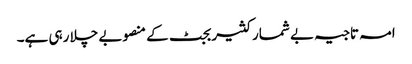
امہ تاجیہ بے شمار کثیر بجٹ کے منصوبے چلا رہی ہے۔